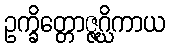
ဥက္ခိတ္တောဇ္ဇဂ္ဃိကာယ